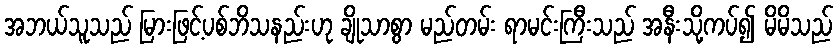
အဘယ်သူသည် မြားဖြင့်ပစ်ဘိသနည်းဟု ချိုသာစွာ မည်တမ်း ရာမင်းကြီးသည် အနီးသို့ကပ်၍ မိမိသည်